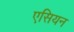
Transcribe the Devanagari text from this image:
एसियन